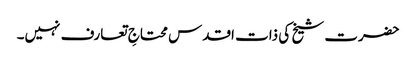
حضرت شیخ کی ذات اقدس محتاجِ تعارف نہیں۔